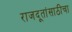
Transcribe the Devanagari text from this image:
राजदूतांसाठीचा